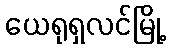
ယေရုရှလင်မြို့